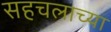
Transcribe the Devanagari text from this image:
सहचलाच्या